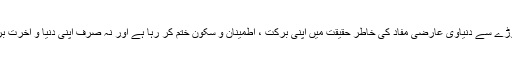
لہٰذاناپ تول میں کمی کرنے والا اس بات کو ہمیشہ اپنے مدِّ نظر رکھے کہ وہ تھوڑے سے دنیاوی عارضی مفاد کی خاطر حقیقت میں اپنی برکت ، اطمینان و سکون ختم کر رہا ہے اور نہ صرف اپنی دنیا و آخرت برباد کر رہا ہے بلکہ معاشرے میں عذابِ الہی کے نزول کا ذریعہ بھی بن رہا ہے۔